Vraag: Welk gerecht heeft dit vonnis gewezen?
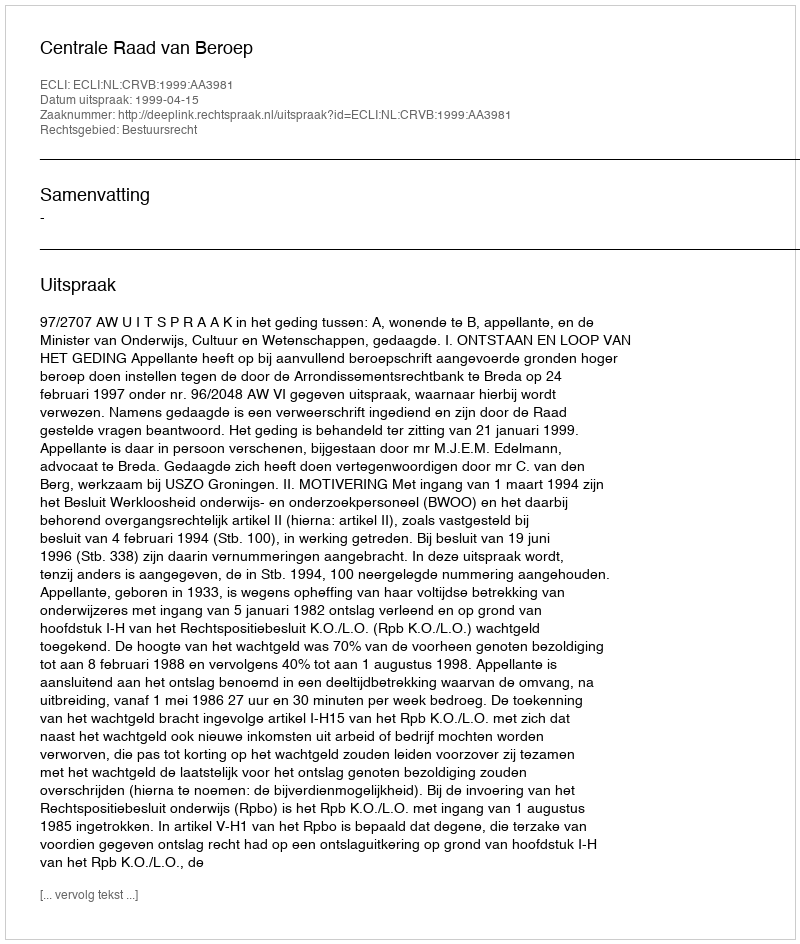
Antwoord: Centrale Raad van Beroep